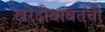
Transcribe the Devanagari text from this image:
खरेदीबाबतची